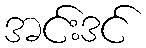
အင်းဒင်